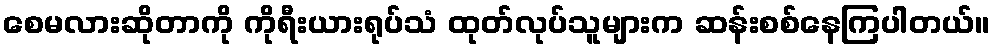
စေမလားဆိုတာကို ကိုရီးယားရုပ်သံ ထုတ်လုပ်သူများက ဆန်းစစ်နေကြပါတယ်။